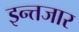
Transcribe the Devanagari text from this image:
इन्त्तजार